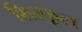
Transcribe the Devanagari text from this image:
शिरफूल